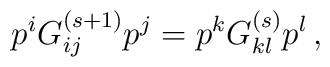
p^iG^{(s+1)}_{ij}p^j=p^kG^{(s)}_{kl}p^l \, ,